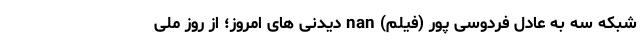
شبکه سه به عادل فردوسی پور (فیلم) nan دیدنی های امروز؛ از روز ملی